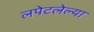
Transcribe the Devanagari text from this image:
लपेटलेल्या